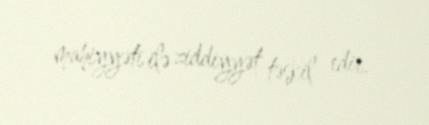
mahiyyəti ilə ziddiyyət təşkil edir.